Civil Veterinary Department. United Provinces 1932-42 - 1932-1942
Year: 1932
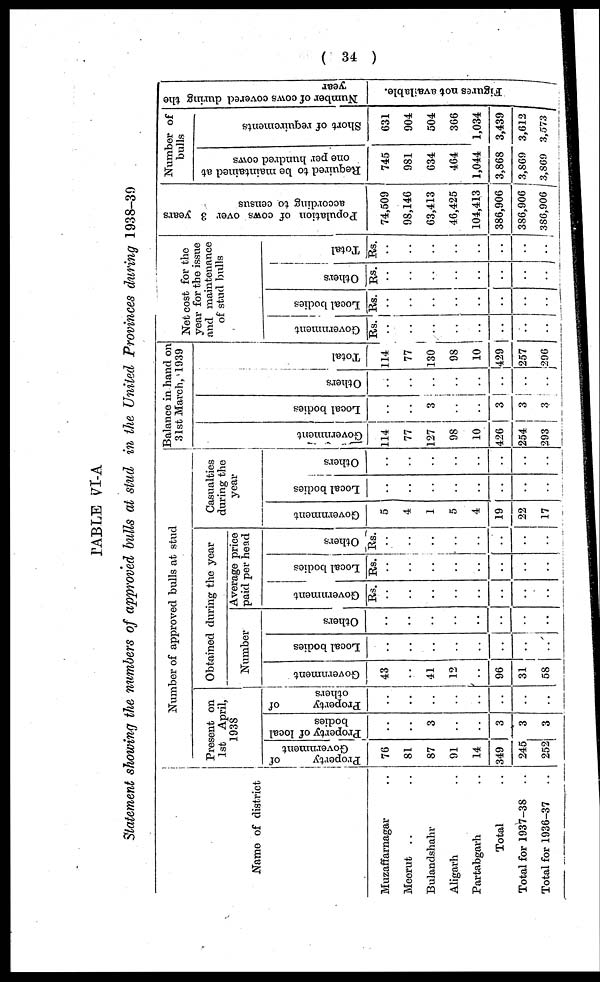
( 34 )
TABLE VI-A
Statement showing the numbers of approved bulls at stud in the United Provinces during 1938-39
Name of district
Muzaffarnagar ..
Meerut .. ..
Bulandshahr
Aligarh ..
Partabgarh ..
Total ..
Total for 1937-38
..
Total for 1936-37
..
Number of approved bulls at stud
Present on
1st April,
1938
Property
of
Government
76
81
87
91
14
349
245
252
Property of local
bodies
..
..
3
..
..
3
3
3
Property
of
others
..
..
..
..
..
..
..
..
Obtained during the year
Number
Government
43
..
41
12
..
96
31
58
Local bodies
..
..
..
..
..
..
..
..
Others
..
..
..
..
..
..
..
..
Average price
paid per head
Government
Rs.
..
..
..
..
..
..
..
..
Local bodies
Rs.
..
..
..
..
..
..
..
..
Others
Rs.
..
..
..
..
..
..
..
..
Casualties
during the
year
Government
5
4
1
5
4
19
22
17
Local bodies
..
..
..
..
..
..
..
..
Others
..
..
..
..
..
..
..
..
Balance in hand on
31st March, 1939
Go v e r
n me n t
114
77
127
98
10
426
254
293
Local bodi es
..
..
3
..
..
3
3
3
Ot her s
..
..
..
..
..
..
..
..
Tot al
114
77
130
98
10
429
257
296
Net cost for the
year for the issue
and maintenance
of stud bulls
Government
Rs.
..
..
..
..
..
..
..
..
Local bodies
Rs.
..
..
..
..
..
..
..
..
Others
Rs.
..
..
..
..
..
..
..
..
Total
Rs.
..
..
..
..
..
..
..
..
Population of cows over 3 years
according to census
74,509
98,146
63,413
46,425
104,413
386,906
386,906
386,906
Number of
bulls
Required to be maintained at
one per hundred cows
745
981
634
464
1,044
3,868
3,869
3,869
Short of requirements
631
904
504
366
1,034
3,439
3,612
3,573
Number of cows covered during the
year
Figures not ava